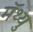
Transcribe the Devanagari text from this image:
मॅथ्यु